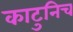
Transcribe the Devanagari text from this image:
काटुनिच